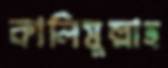
কালিমুল্লাহ